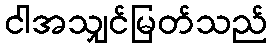
ငါအသျှင်မြတ်သည်